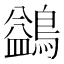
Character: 鷁